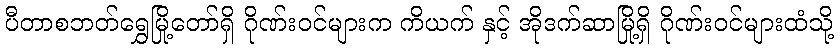
ပီတာစဘတ်ရွှေမြို့တော်ရှိ ဂိုဏ်းဝင်များက ကိယက် နှင့် အိုဒက်ဆာမြို့ရှိ ဂိုဏ်းဝင်များထံသို့